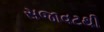
સજાવટથી